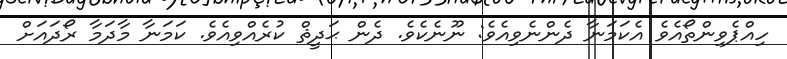
ހިއްޕެވިންތޯއެވެ އެކަމަނާ ދެންނެވިއެވެ: ނޫނެކެވެ. ދެން ޙަދީޘް ކުރެއްވިއެވެ. ކަމަނާ މާދަމާ ރޯދައަށް